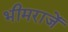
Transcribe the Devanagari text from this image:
भीमराजें